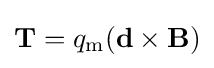
{\boldsymbol {\mathrm {T} }}=q_{\text{m}}(\mathbf {d} \times \mathbf {B} )